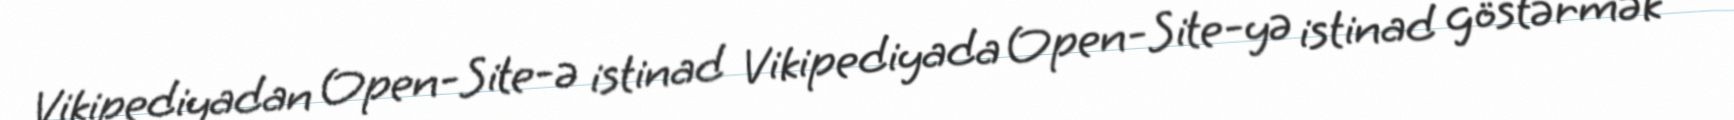
Vikipediyadan Open-Site-ə istinad Vikipediyada Open-Site-yə istinad göstərmək